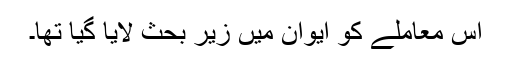
اس معاملے کو ایوان میں زیر بحث لایا گیا تھا۔